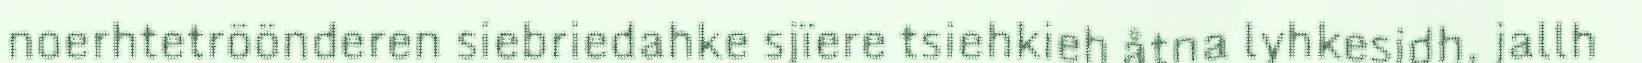
noerhtetröönderen siebriedahke sjïere tsiehkieh åtna lyhkesidh, jallh